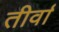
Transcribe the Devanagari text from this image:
तीर्वा